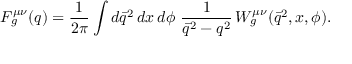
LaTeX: F _ { g } ^ { \mu \nu } ( q ) = { \frac { 1 } { 2 \pi } } \int d \bar { q } ^ { 2 } \, d x \, d \phi \ { \frac { 1 } { \bar { q } ^ { 2 } - q ^ { 2 } } } \, { W } _ { g } ^ { \mu \nu } ( \bar { q } ^ { 2 } , x , \phi ) .